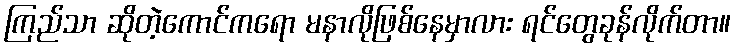
ကြည်သာ ဆိုတဲ့ကောင်ကရော မနာလိုဖြစ်နေမှာလား ရင်တွေခုန်လိုက်တာ။